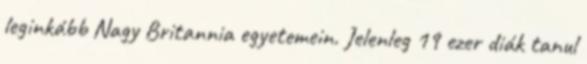
leginkább Nagy Britannia egyetemein. Jelenleg 19 ezer diák tanul